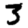
Digit: 3